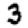
Digit: 3